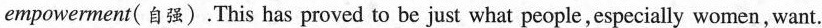
empowerment(自强).This has proved to be just what people,especially women, want.